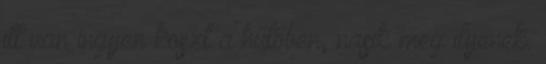
itt van ingyen koszt a hűtőben, nasik meg ilyenek.